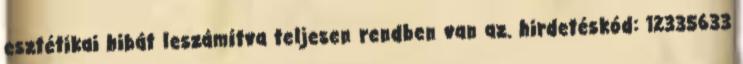
esztétikai hibát leszámítva teljesen rendben van az. hirdetéskód: 12335633